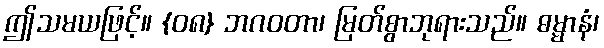
ဤသမယဖြင့်။ {၀၈} ဘဂဝတာ၊ မြတ်စွာဘုရားသည်။ ဓမ္မာနံ၊